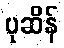
ပုဆိန်